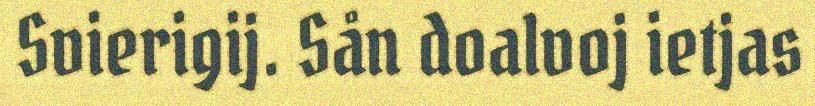
Svierigij. Sån doalvoj ietjas